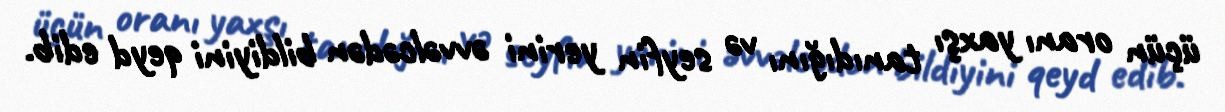
üçün oranı yaxşı tanıdığını və seyfin yerini əvvəlcədən bildiyini qeyd edib.